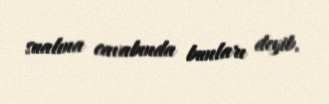
sualına cavabında bunları deyib.